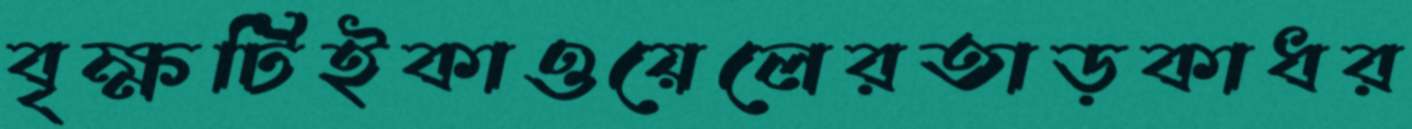
বৃক্ষটিইকাওয়েলেরতাড়কাধর